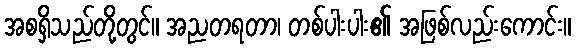
အစရှိသည်တို့တွင်။ အညတရတာ၊ တစ်ပါးပါး၏ အဖြစ်လည်းကောင်း။